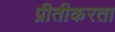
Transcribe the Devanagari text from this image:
प्रीतीकरता